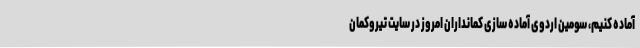
آماده کنیم، سومین اردوی آماده سازی کمانداران امروز در سایت تیروکمان